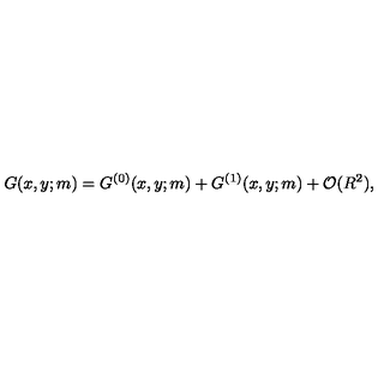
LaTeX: G ( x , y ; m ) = G ^ { ( 0 ) } ( x , y ; m ) + G ^ { ( 1 ) } ( x , y ; m ) + { \cal O } ( R ^ { 2 } ) ,